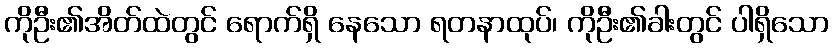
ကိုဦး၏အိတ်ထဲတွင် ရောက်ရှိ နေသော ရတနာထုပ်၊ ကိုဦး၏ခါးတွင် ပါရှိသော